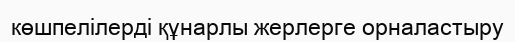
көшпелілерді құнарлы жерлерге орналастыру